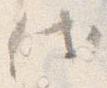
代